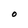
Character: o